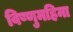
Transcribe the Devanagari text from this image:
विष्णुमहिमा